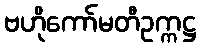
ဗဟိုကော်မတီဥက္ကဋ္ဌ